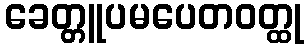
ခေတ္တူပမပေတဝတ္ထု